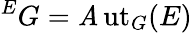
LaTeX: {}^{E}G=\operatorname{\mathit{A}ut}_{G}(E)